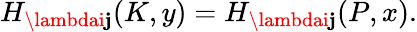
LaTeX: H_{\lambdai\mathbf{j}}(K,y)=H_{\lambdai\mathbf{j}}(P,x).